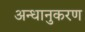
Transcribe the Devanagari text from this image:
अन्धानुकरण